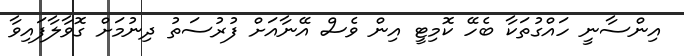
އިންސާނީ ހައްގުތަކާ ބެހޭ ކޮމިޓީ އިން ވެސް އޭނާއަށް ފުރުސަތު ދިނުމަށް ގޮވާލާފައިވާ